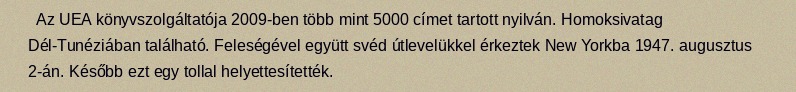
Az UEA könyvszolgáltatója 2009-ben több mint 5000 címet tartott nyilván. Homoksivatag Dél-Tunéziában található. Feleségével együtt svéd útlevelükkel érkeztek New Yorkba 1947. augusztus 2-án. Később ezt egy tollal helyettesítették.